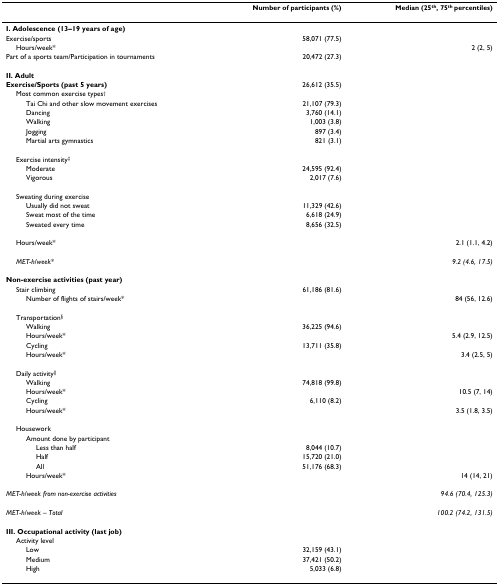
<table><thead><tr><td></td><td><b>Number of participants (%)</b></td><td><b>Median (25<sup>th</sup>, 75<sup>th </sup>percentiles)</b></td></tr></thead><tbody><tr><td><b>I. Adolescence (13–19 years of age)</b></td><td></td><td></td></tr><tr><td>Exercise/sports</td><td>58,071 (77.5)</td><td></td></tr><tr><td> Hours/week*</td><td></td><td>2 (2, 5)</td></tr><tr><td>Part of a sports team/Participation in tournaments</td><td>20,472 (27.3)</td><td></td></tr><tr><td><b>II. Adult</b></td><td></td><td></td></tr><tr><td><b>Exercise/Sports (past 5 years)</b></td><td>26,612 (35.5)</td><td></td></tr><tr><td> Most common exercise types<sup>†</sup></td><td></td><td></td></tr><tr><td>Tai Chi and other slow movement exercises</td><td>21,107 (79.3)</td><td></td></tr><tr><td>Dancing</td><td>3,760 (14.1)</td><td></td></tr><tr><td>Walking</td><td>1,003 (3.8)</td><td></td></tr><tr><td>Jogging</td><td>897 (3.4)</td><td></td></tr><tr><td>Martial arts gymnastics</td><td>821 (3.1)</td><td></td></tr><tr><td> Exercise intensity<sup>‡</sup></td><td></td><td></td></tr><tr><td>Moderate</td><td>24,595 (92.4)</td><td></td></tr><tr><td>Vigorous</td><td>2,017 (7.6)</td><td></td></tr><tr><td> Sweating during exercise</td><td></td><td></td></tr><tr><td>Usually did not sweat</td><td>11,329 (42.6)</td><td></td></tr><tr><td>Sweat most of the time</td><td>6,618 (24.9)</td><td></td></tr><tr><td>Sweated every time</td><td>8,656 (32.5)</td><td></td></tr><tr><td> Hours/week*</td><td></td><td>2.1 (1.1, 4.2)</td></tr><tr><td> <i>MET-h/week*</i></td><td></td><td><i>9.2 (4.6, 17.5)</i></td></tr><tr><td><b>Non-exercise activities (past year)</b></td><td></td><td></td></tr><tr><td> Stair climbing</td><td>61,186 (81.6)</td><td></td></tr><tr><td>Number of flights of stairs/week*</td><td></td><td>84 (56, 12.6)</td></tr><tr><td> Transportation<sup>§</sup></td><td></td><td></td></tr><tr><td>Walking</td><td>36,225 (94.6)</td><td></td></tr><tr><td>Hours/week*</td><td></td><td>5.4 (2.9, 12.5)</td></tr><tr><td>Cycling</td><td>13,711 (35.8)</td><td></td></tr><tr><td>Hours/week*</td><td></td><td>3.4 (2.5, 5)</td></tr><tr><td> Daily activity<sup>||</sup></td><td></td><td></td></tr><tr><td>Walking</td><td>74,818 (99.8)</td><td></td></tr><tr><td>Hours/week*</td><td></td><td>10.5 (7, 14)</td></tr><tr><td>Cycling</td><td>6,110 (8.2)</td><td></td></tr><tr><td>Hours/week*</td><td></td><td>3.5 (1.8, 3.5)</td></tr><tr><td> Housework</td><td></td><td></td></tr><tr><td>Amount done by participant</td><td></td><td></td></tr><tr><td>Less than half</td><td>8,044 (10.7)</td><td></td></tr><tr><td>Half</td><td>15,720 (21.0)</td><td></td></tr><tr><td>All</td><td>51,176 (68.3)</td><td></td></tr><tr><td>Hours/week*</td><td></td><td>14 (14, 21)</td></tr><tr><td><i>MET-h/week from non-exercise activities</i></td><td></td><td><i>94.6 (70.4, 125.3)</i></td></tr><tr><td><i>MET-h/week – Total</i></td><td></td><td><i>100.2 (74.2, 131.5)</i></td></tr><tr><td><b>III. Occupational activity (last job)</b></td><td></td><td></td></tr><tr><td> Activity level</td><td></td><td></td></tr><tr><td>Low</td><td>32,159 (43.1)</td><td></td></tr><tr><td>Medium</td><td>37,421 (50.2)</td><td></td></tr><tr><td>High</td><td>5,033 (6.8)</td><td></td></tr></tbody></table>